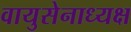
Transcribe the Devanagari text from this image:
वायुसेनाध्यक्ष